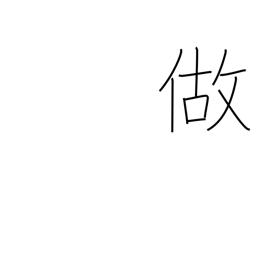
Meaning: make